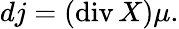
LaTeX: dj=(\operatorname{div}X)\mu.